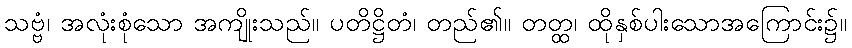
သဗ္ဗံ၊ အလုံးစုံသော အကျိုးသည်။ ပတိဋ္ဌိတံ၊ တည်၏။ တတ္ထ၊ ထိုနှစ်ပါးသောအကြောင်း၌။